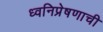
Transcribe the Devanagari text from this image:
ध्वनिप्रेषणाची